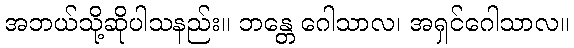
အဘယ်သို့ဆိုပါသနည်း။ ဘန္တေ ဂေါသာလ၊ အရှင်ဂေါသာလ။